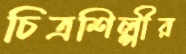
চিত্রশিল্পীর